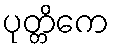
ပုတ္တိကေ